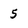
Character: 5